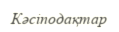
Кәсіподақтар